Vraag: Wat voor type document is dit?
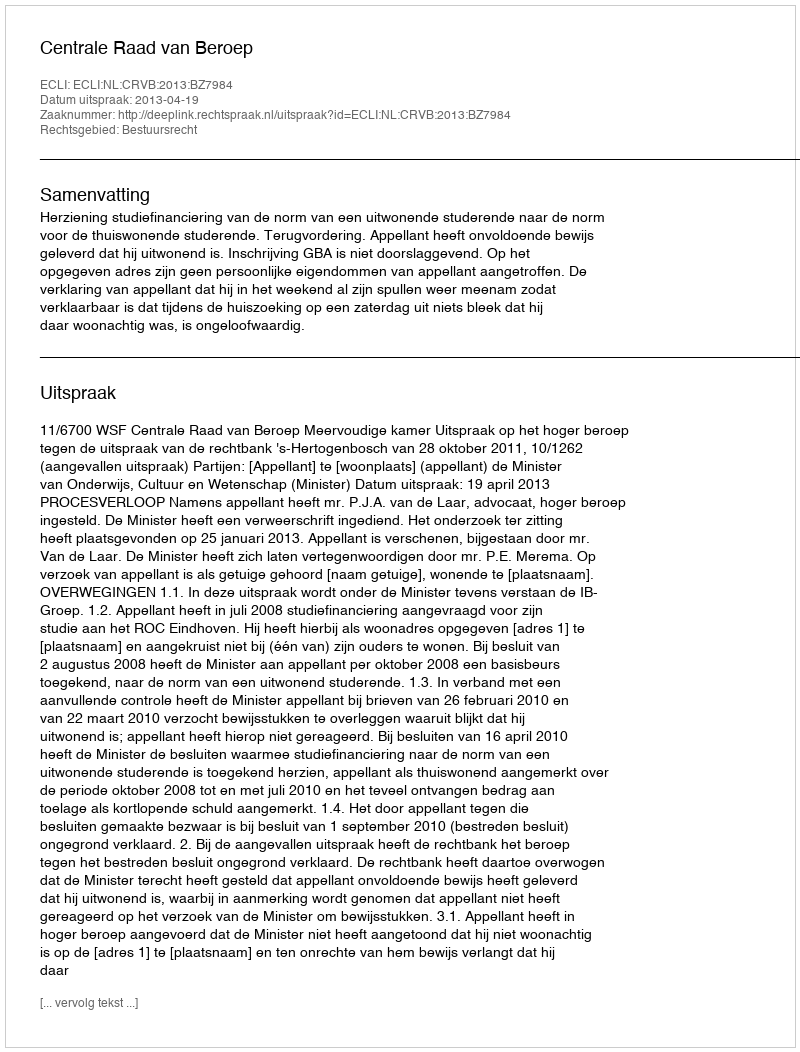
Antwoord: Uitspraak